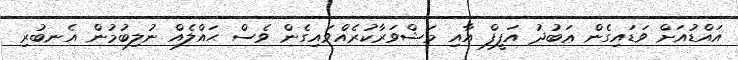
އައްޑުއަށް ވަޑައިގެން ޢަބުދު އަފީފް އާއި މަޝްވަރާކުރެއްވައިގެން ވެސް ޙައްލެއް ނުލިބުމުން އެނބުރި